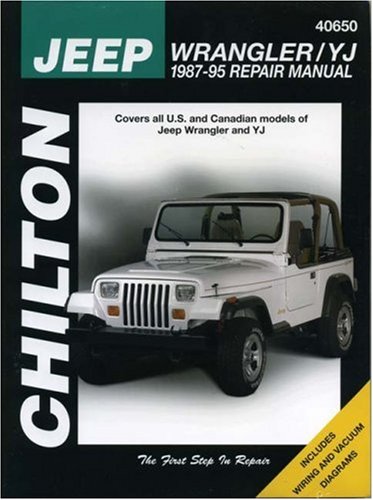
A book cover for Jeep Wrangler/YJ 1987-95 (Chilton's Total Car Care Repair Manuals); The Chilton Editors; Engineering & Transportation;